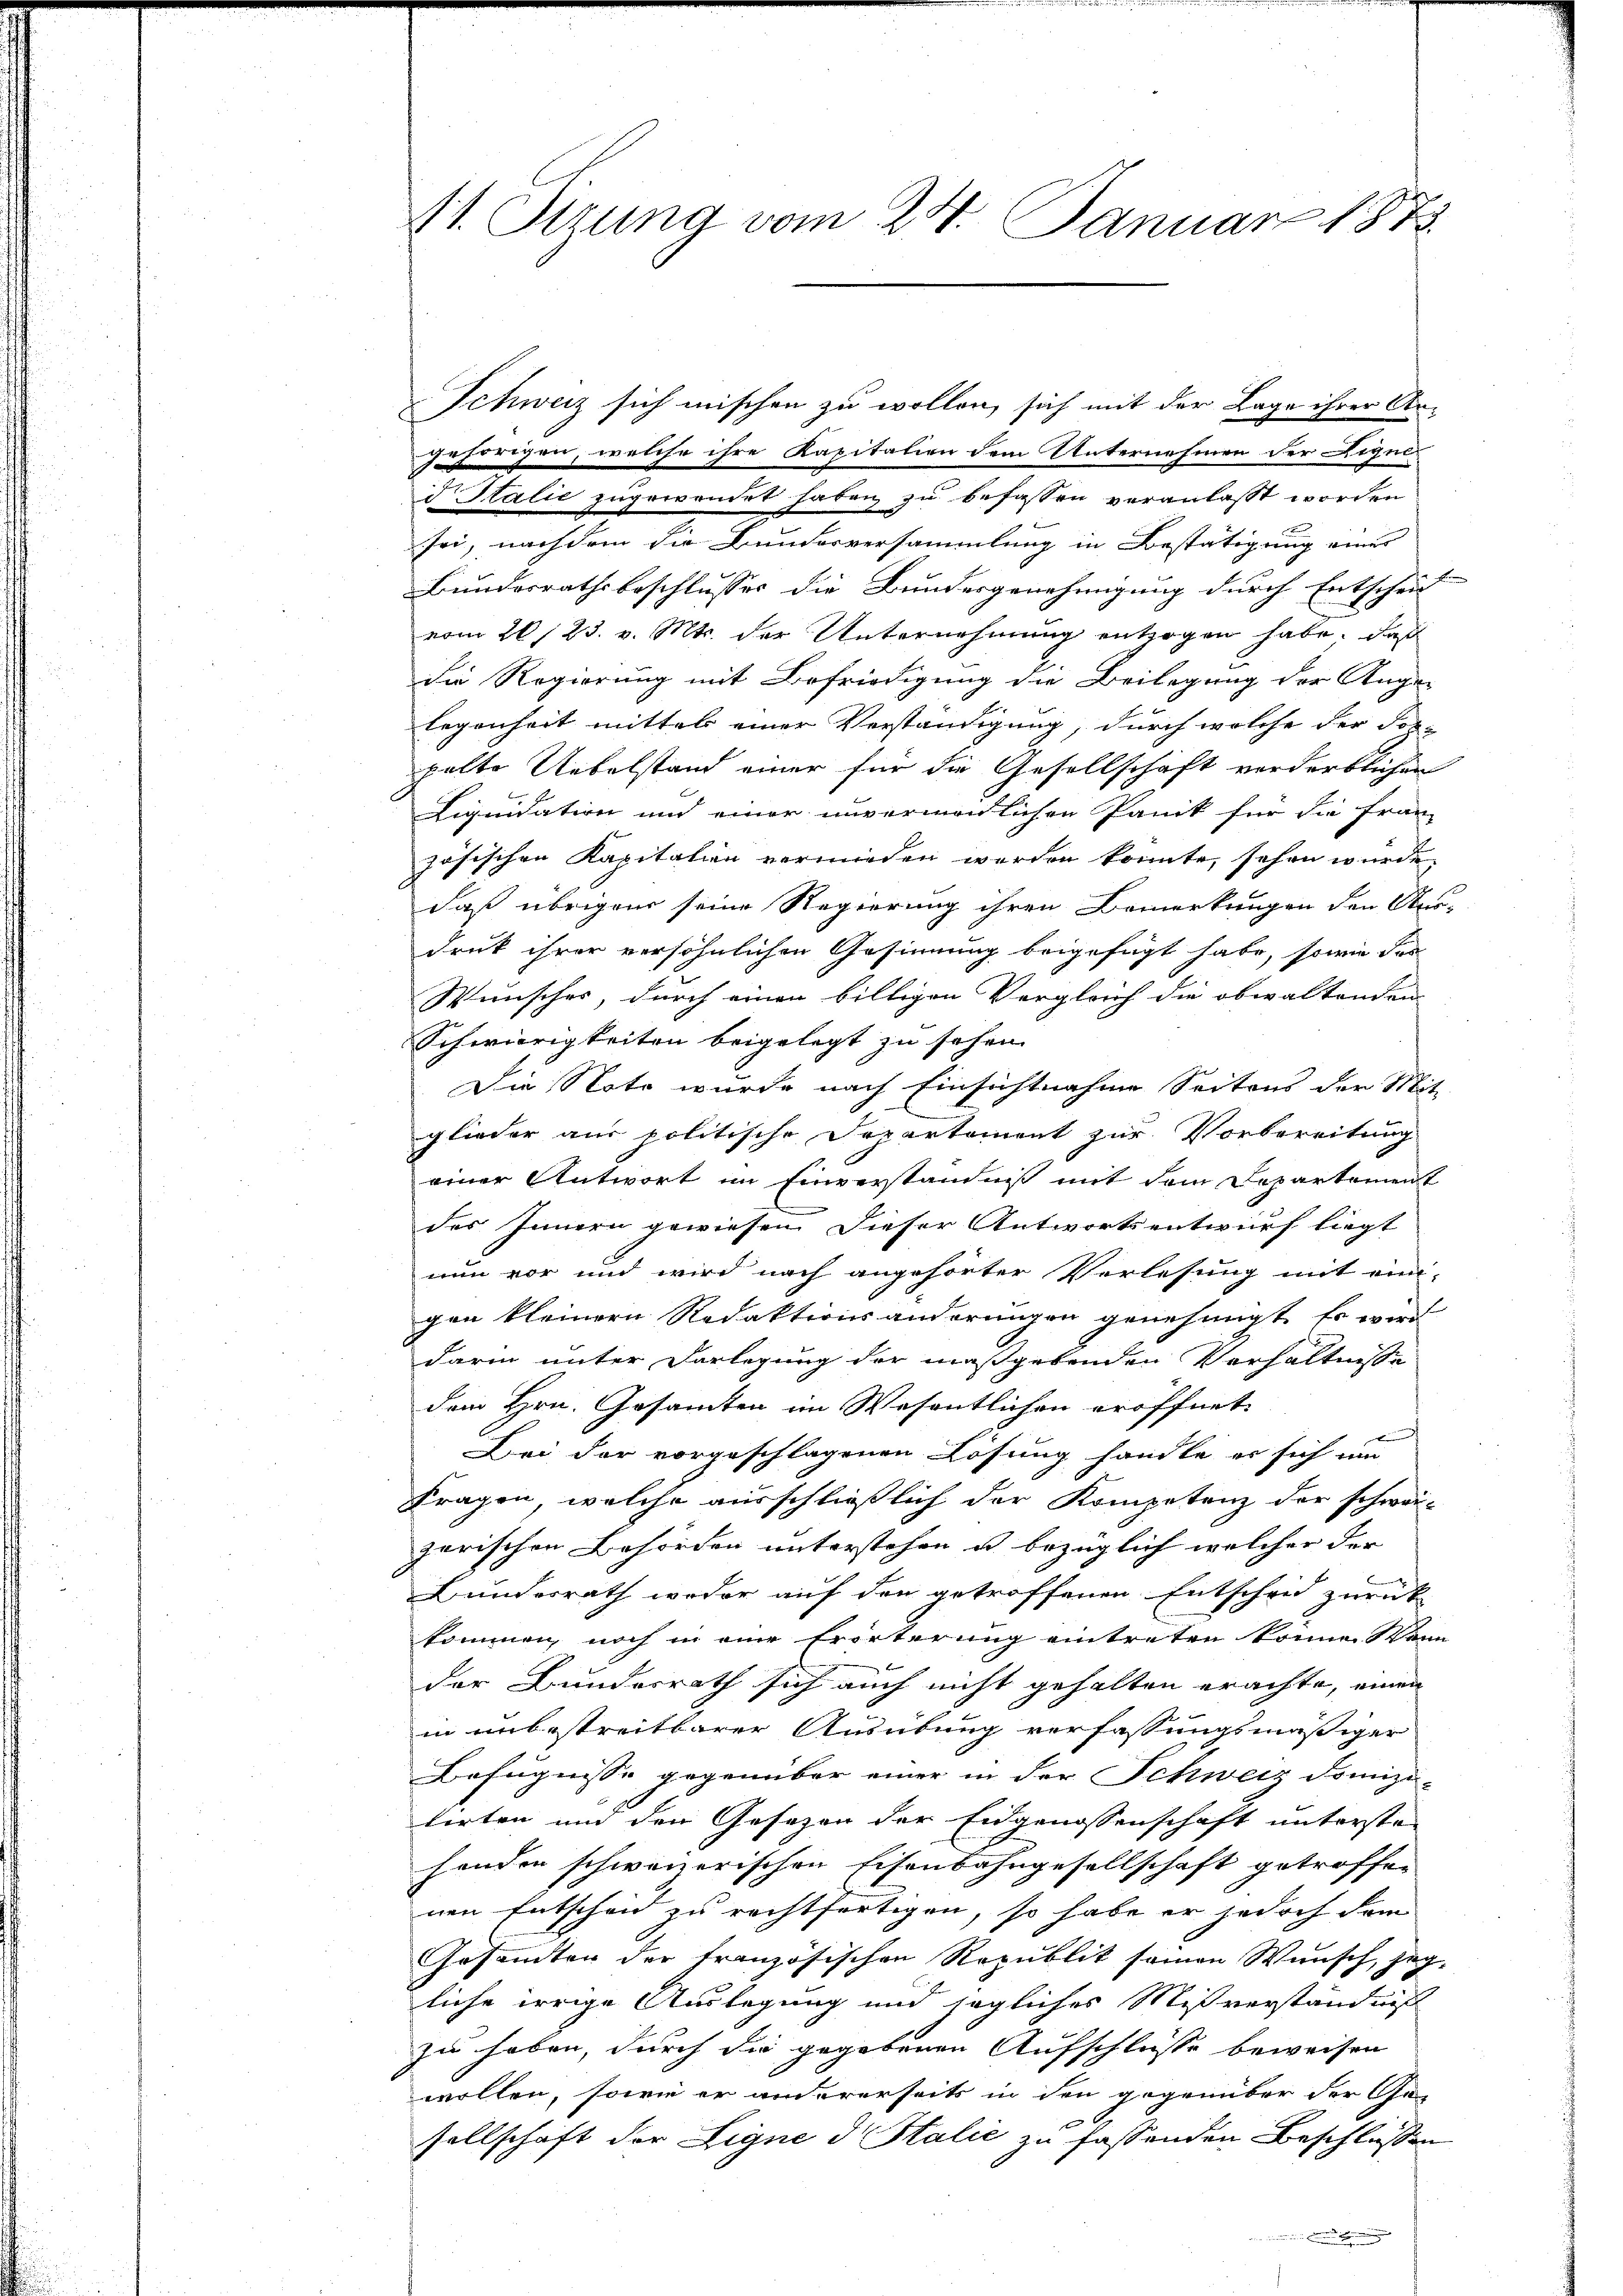
At. Stzung vom 24. Januar 1873.

Schweiz sich mischen zu wollen, sich mit der Lage ihrer Argefangen, welche ihre Kapitation dem Unternehmen der Liquid Italić zugewendet haben zu befassen veranlaßt worden
soi, nachdem die Bunderversammlung in Bestätigung eines
Bundesrathsbeschlusses die Bundesgenehmigung durch Entscheid
vom 26. 23. v. Mts. der Unternehmung entzogen habe. Daß
die Regierung mit Befriedigung die Beilegung der Ange-
legenheit mittel einer Verständigung, durch welche der For-
pelte Uebelstand einer für die Gesellschaft vorderblichen
Liquidation und einer unvermondlichen Panik für die Franz
zösischen Kapitalien vermieden werden könnte, sehen wurde,
daß übrigen seine Regierung ihren Bemerkungen den Aus-
druck ihrer versöhnlichen Gesinnung beigefügt habe, sowie das
Wunsches, durch einen billigen Vergleich die obwaltenden |
Schwierigkeiten beigelegt zu sehen.
Die Note wurde nach Einsichtnahme Seitens der Mit-
glieder aus politische Departement zur Vorbereitung
einer Antwort im Einverständniß mit dem Departement
des Innern gewiesen. Dieser Antwortsentwurf liegt
nun vor und wird nach angehörter Verlesung mit eini-
gen kleinern Redaktionsänderungen genehmigt. Es wird
darin unter Darlegung der maßgebenden Verhältnisse
dem Hrn. Gesamten im Wesentlichen eröffnet.
Bei der vorgeschlagenen Lösung handle er sich und
Fragen, welche ausschließlich der Kompetenz der schwei-
garischen Behörden unterstehen u. bezüglich welcher der |
Bundesrath weder auf den getroffenen Entscheid zurück
kommen, noch in eine Erörterung eintreten könne. Wenn
der Bundesrath sich auch nicht gehalten erachte, einen
in unbestreitbarer Ausübung verfassungsmäßiger
Befugnisse gegenüber einer in der Schweiz domizi-
tirten und den Gesetzen der Eidgenossenschaft untersten
henden schweizerischen Eisenbahngesellschaft getroffen
nen Entscheid zu rechtfertigen, so habe er jedoch dem
Gesamten der Französischen Republit seinen Wunsch, jeg-
liche irrige Auslegung und sogliches Mißverständniß
zu haben, durch die gegebenen Aufschlusse beweisen
wollen, sowie er andererseits in den gegenüber der Ge-
wag
sellschaft der Eigne d Salić zu fassenden Beschlüssen
wie immen und der